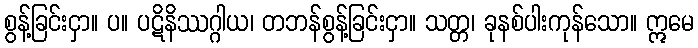
စွန့်ခြင်းငှာ။ ပ။ ပဋိနိဿဂ္ဂါယ၊ တဘန်စွန့်ခြင်းငှာ။ သတ္တ၊ ခုနစ်ပါးကုန်သော။ ဣမေ